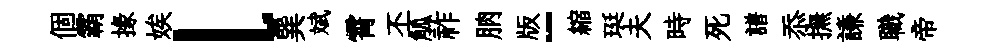
個霸掾娭l巽斌霄丕觚祚朒版-縮珽夫時死譜忝撫謙職帝